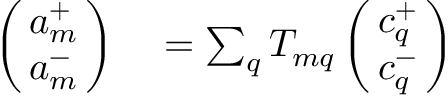
\begin{array} { r l } { \left( \! \! \begin{array} { c } { a _ { m } ^ { + } } \\ { a _ { m } ^ { - } } \end{array} \! \! \right) } & { { } = \sum _ { q } T _ { m q } \left( \! \! \begin{array} { c } { c _ { q } ^ { + } } \\ { c _ { q } ^ { - } } \end{array} \! \! \right) } \end{array}